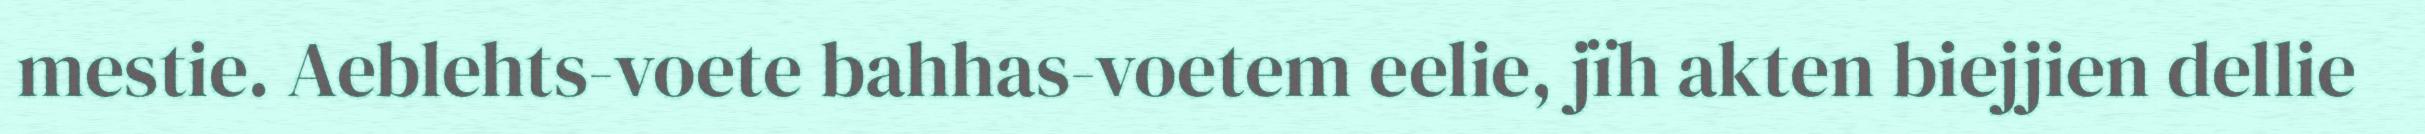
mestie. Aeblehts-voete bahhas-voetem eelie, jïh akten biejjien dellie